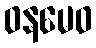
ဝနမေဝ